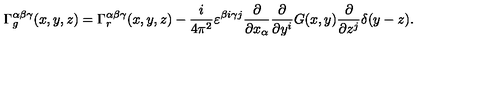
\Gamma _ { g } ^ { \alpha \beta \gamma } ( x , y , z ) = \Gamma _ { r } ^ { \alpha \beta \gamma } ( x , y , z ) - { \frac { i } { 4 \pi ^ { 2 } } } \varepsilon ^ { \beta i \gamma j } { \frac { \partial } { \partial x _ { \alpha } } } { \frac { \partial } { \partial y ^ { i } } } G ( x , y ) { \frac { \partial } { \partial z ^ { j } } } \delta ( y - z ) .